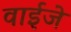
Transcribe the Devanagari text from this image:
वाईजे